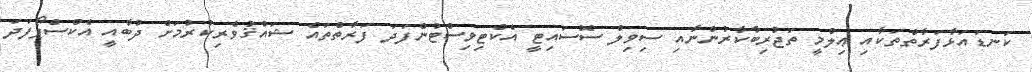
ކަނޑައަޅާފަރާތްތަކާއި ޢިލްމީ ތަޖުރިބާކާރުންނާއި ސިވިލް ސޮސައިޓީ އެކްޓިވިސްޓުންފަދަ ފަރާތްތައް ޝައުޤުވެރިކުރުމަށް ދުބާއީ އެކްސްޕޯފަދަ